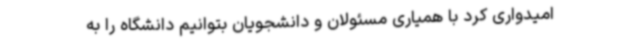
امیدواری کرد با همیاری مسئولان و دانشجویان بتوانیم دانشگاه را به